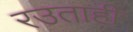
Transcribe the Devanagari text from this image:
रउताही